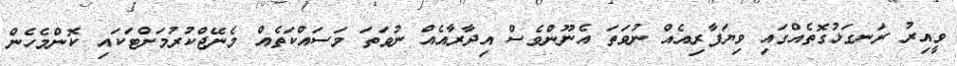
ވީއިރު ރަނގަޅުގޮތެއްގައި ވިޔަފާރިއެއް ނުވަތަ އެނޫންވެސް އިދާރާއެއް ނުވަތަ މަސައްކަތެއް މެނޭޖްކުރުމަށްޓަކައި ކޮންމެހެން